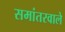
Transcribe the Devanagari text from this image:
समांतरवाले